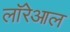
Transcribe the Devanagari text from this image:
लॉरेआल